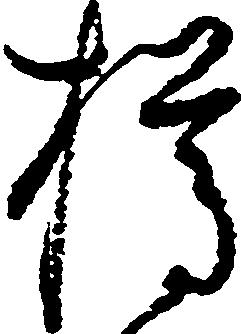
猶